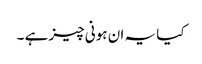
کیا یہ ان ہونی چیز ہے ۔